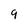
Character: 9